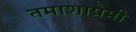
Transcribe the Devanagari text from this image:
तमाशाप्रेमी